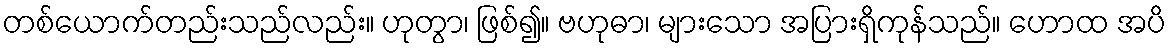
တစ်ယောက်တည်းသည်လည်း။ ဟုတွာ၊ ဖြစ်၍။ ဗဟုဓာ၊ များသော အပြားရှိကုန်သည်။ ဟောထ အပိ